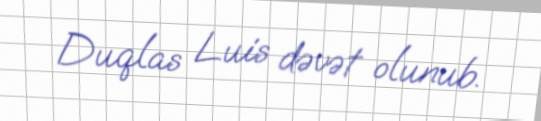
Duqlas Luis dəvət olunub.